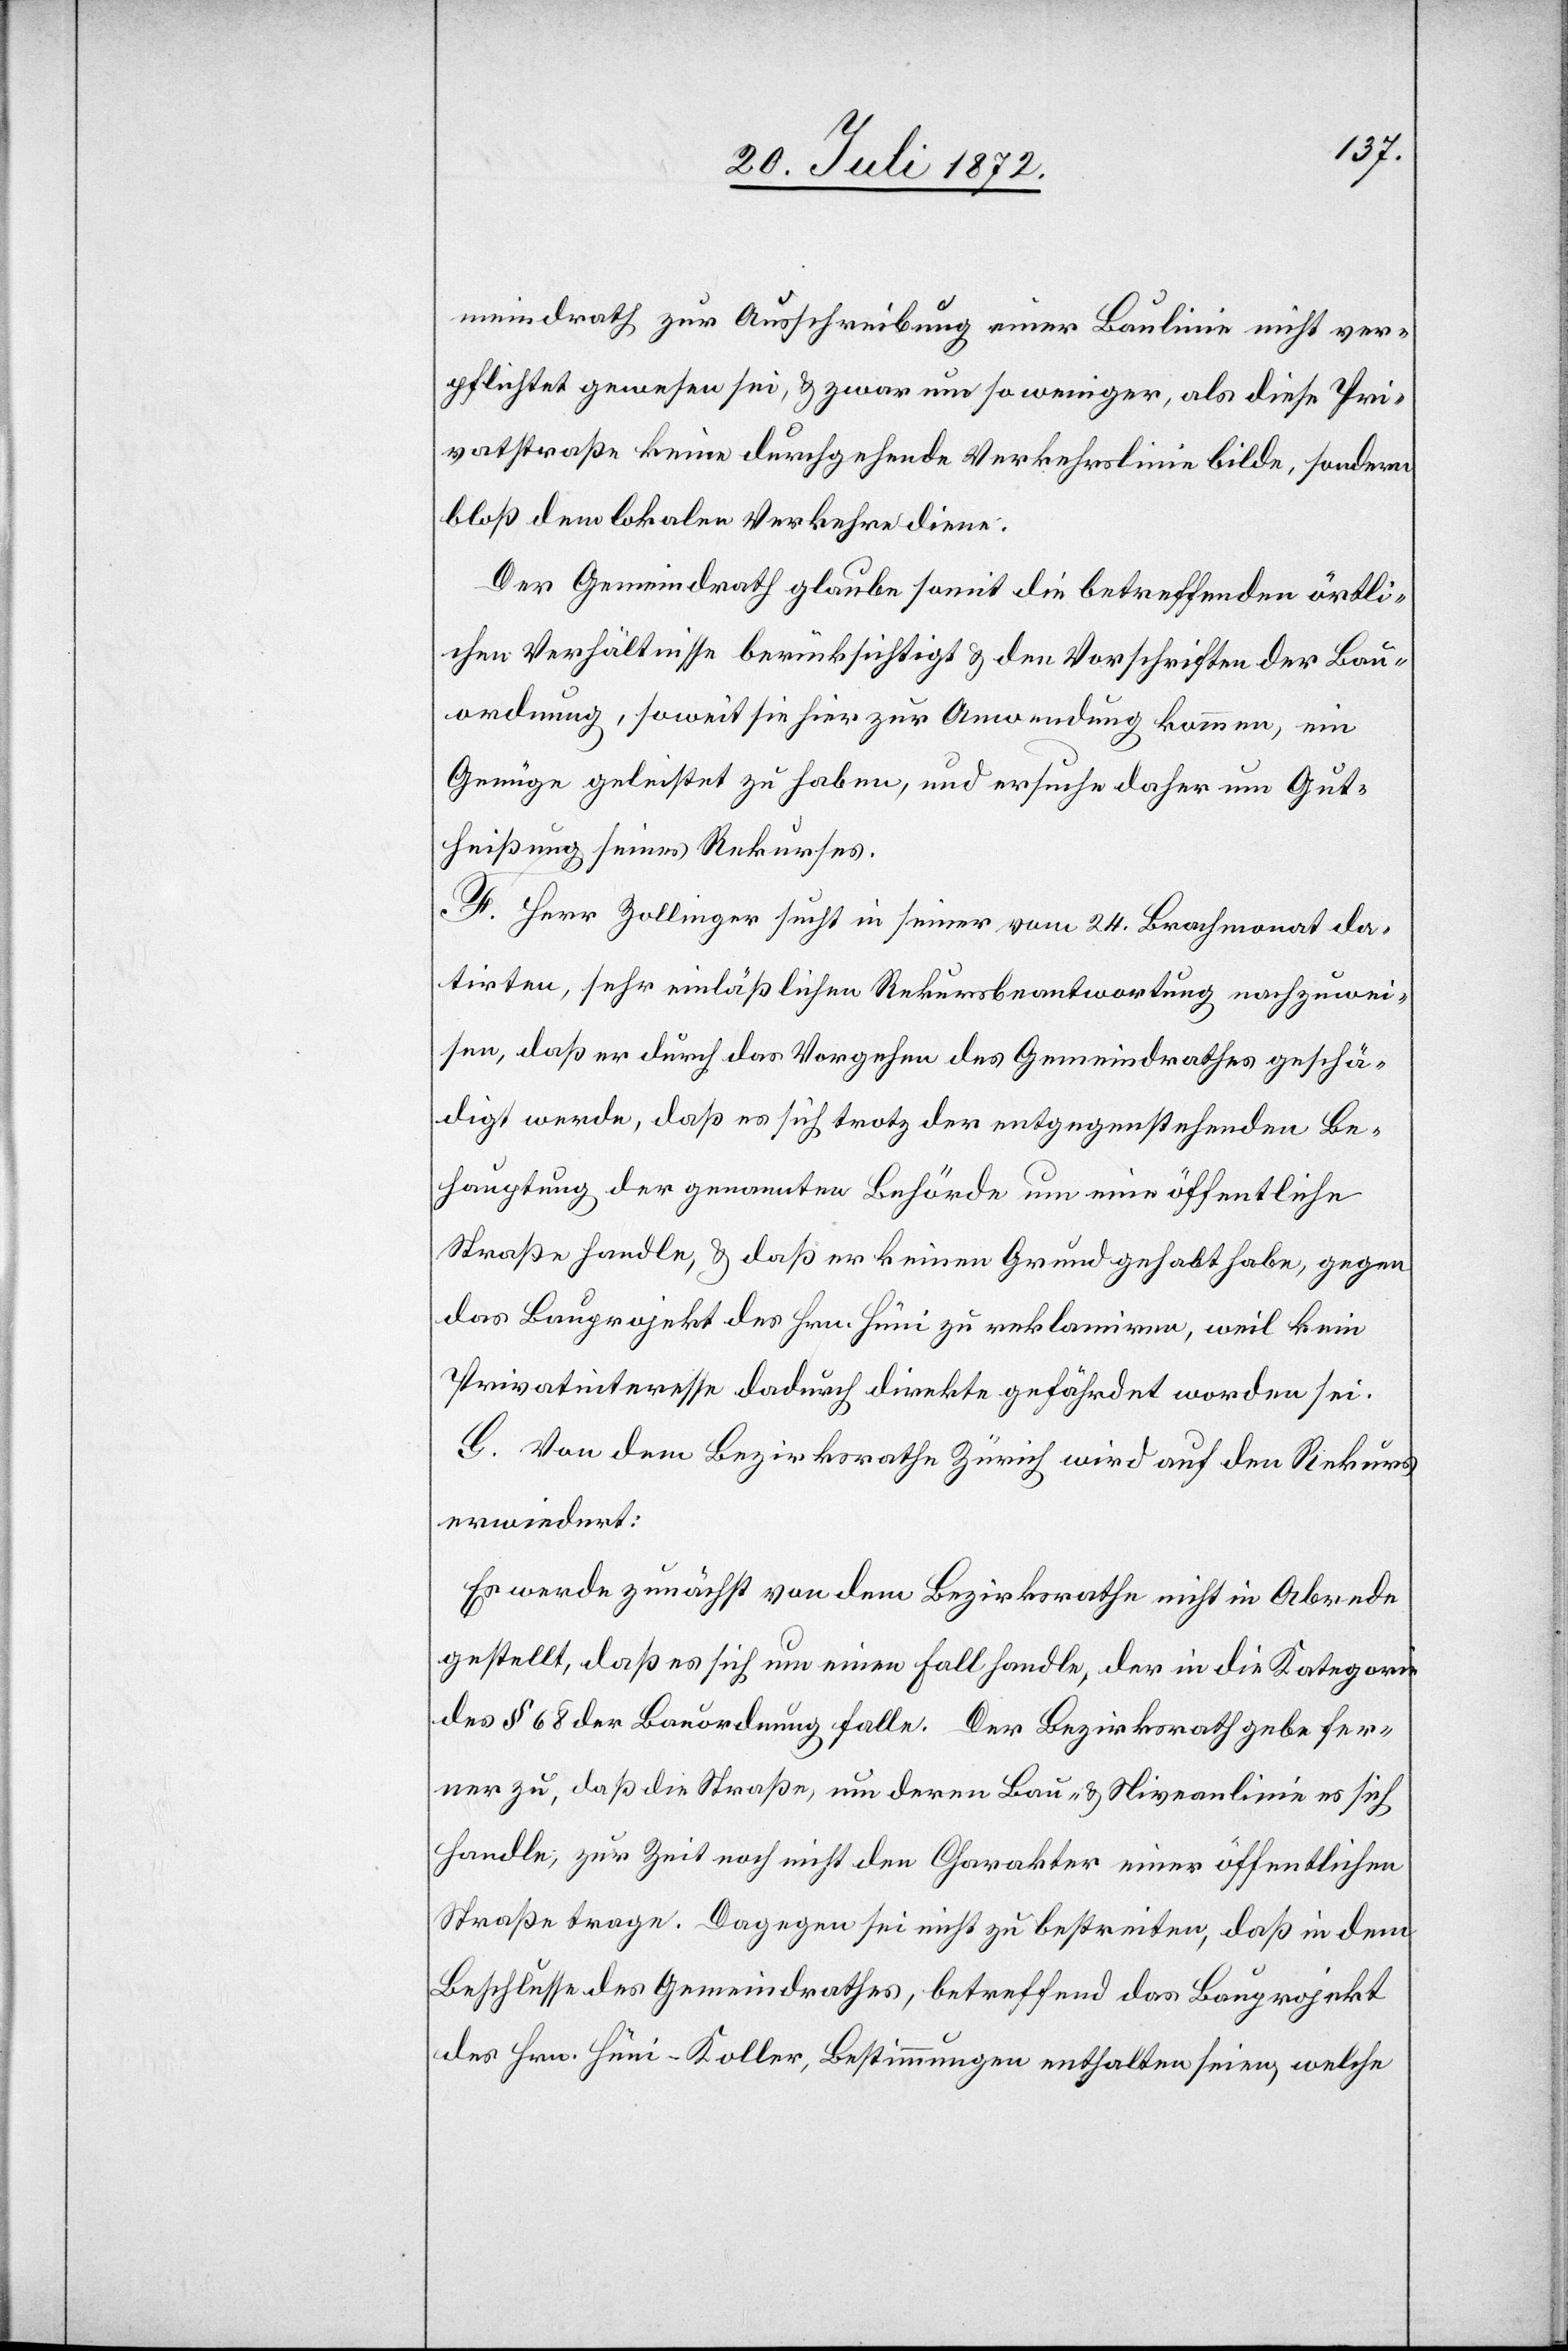
meindrath zur Ausschreibung einer Baulinie nicht ver¬
pflichtet gewesen sei, u. zwar um so weniger, als diese Pri¬
vatstraße keine durchgehende Verkehrslinie bilde, sondern
bloß dem lokalen Verkehre diene.
Der Gemeindrath glaube somit die betreffenden örtli¬
chen Verhältnisse berücksichtigt u. den Vorschriften der Bau¬
ordnung, soweit sie hier zur Anwendung kommen, ein
Genüge geleistet zu haben, und ersuche daher um Gut¬
heißung seines Rekurses.
F. Herr Zollinger sucht in seiner vom 24. Brachmonat da¬
tirten, sehr einläßlichen Rekursbeantwortung nachzuwei¬
sen, daß er durch das Vorgehen des Gemeindrathes geschä¬
digt werde, daß es sich trotz der entgegenstehenden Be¬
hauptung der genannten Behörde um eine öffentliche
Straße handle, u. daß er keinen Grund gehabt habe, gegen
das Bauprojekt des Hrn. Hüni zu reklamiren, weil kein
Privatinteresse dadurch direkte gefährdet worden sei.
G. Von dem Bezirksrathe Zürich wird auf den Rekurs
erwiedert:
Es werde zunächst von dem Bezirksrathe nicht in Abrede
gestellt, daß es sich um einen Fall handle, der in die Kategorie
des § 68 der Bauordnung falle. Der Bezirksrath gebe fer¬
ner zu, daß die Straße, um deren Bau- u. Niveaulinie es sich
handle, zur Zeit noch nicht den Charakter einer öffentlichen
Straße trage. Dagegen sei nicht zu bestreiten, daß in dem
Beschlusse des Gemeindrathes, betreffend das Bauprojekt
des Hrn. Hüni-Koller, Bestimmungen enthalten seien, welche